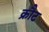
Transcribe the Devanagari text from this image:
क्रौट